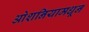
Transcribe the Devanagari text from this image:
ओशनियामधून